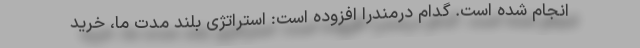
انجام شده است. گدام درمندرا افزوده است: استراتژی بلند مدت ما، خرید